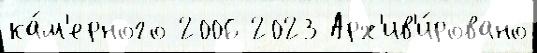
ка́м'ерного 2006 2023 Арх'ив'и́ровано